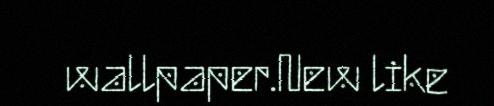
wallpaper.New like